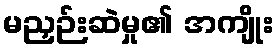
မညှဉ်းဆဲမှု၏ အကျိုး